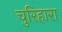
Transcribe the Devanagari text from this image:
चुरिहारा